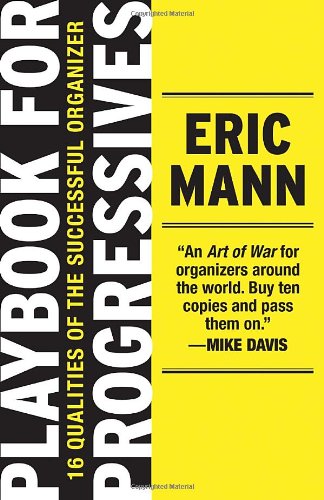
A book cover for Playbook for Progressives: 16 Qualities of the Successful Organizer; Eric Mann; Business & Money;